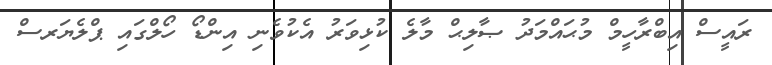
ރައީސް އިބްރާހީމް މުޙައްމަދު ޞާލިޙް މާލެ ކުޅިވަރު އެކުވެނި އިންޑޯ ހޯލްގައި ޕްލެޔަރސް